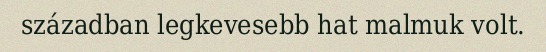
században legkevesebb hat malmuk volt.